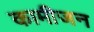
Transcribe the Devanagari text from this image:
कामीजन